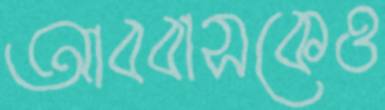
আব্বাসকেও